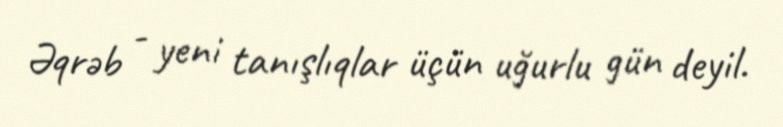
Əqrəb - yeni tanışlıqlar üçün uğurlu gün deyil.